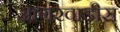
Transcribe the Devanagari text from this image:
आगरवाडीस